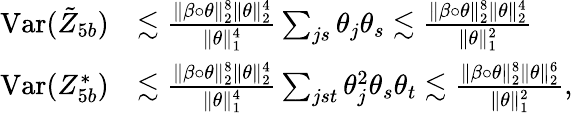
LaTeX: \begin{array}{rl}{\mathrm{Var}(\tilde{Z}_{5b})}&{\lesssim\frac{\| \beta\circ\theta\| _{2}^{8}\| \theta\| _{2}^{4}}{\| \theta\| _{1}^{4}}\sum_{js}\theta_{j}\theta_{s}\lesssim\frac{\| \beta\circ\theta\| _{2}^{8}\| \theta\| _{2}^{4}}{\| \theta\| _{1}^{2}}}\\ {\mathrm{Var}(Z_{5b}^{*})}&{\lesssim\frac{\| \beta\circ\theta\| _{2}^{8}\| \theta\| _{2}^{4}}{\| \theta\| _{1}^{4}}\sum_{jst}\theta_{j}^{2}\theta_{s}\theta_{t}\lesssim\frac{\| \beta\circ\theta\| _{2}^{8}\| \theta\| _{2}^{6}}{\| \theta\| _{1}^{2}},}\end{array}